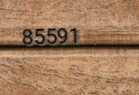
85591